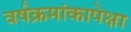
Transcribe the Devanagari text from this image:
वर्षक्रमांकापेक्षा